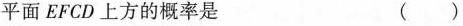
平面EFCD上方的概率是 ()